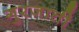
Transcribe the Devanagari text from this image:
गुरजाती